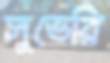
সুভেরি